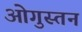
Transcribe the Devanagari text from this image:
ओगुस्तन